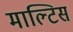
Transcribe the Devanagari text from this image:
माल्टिस